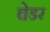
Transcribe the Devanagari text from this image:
चेडर